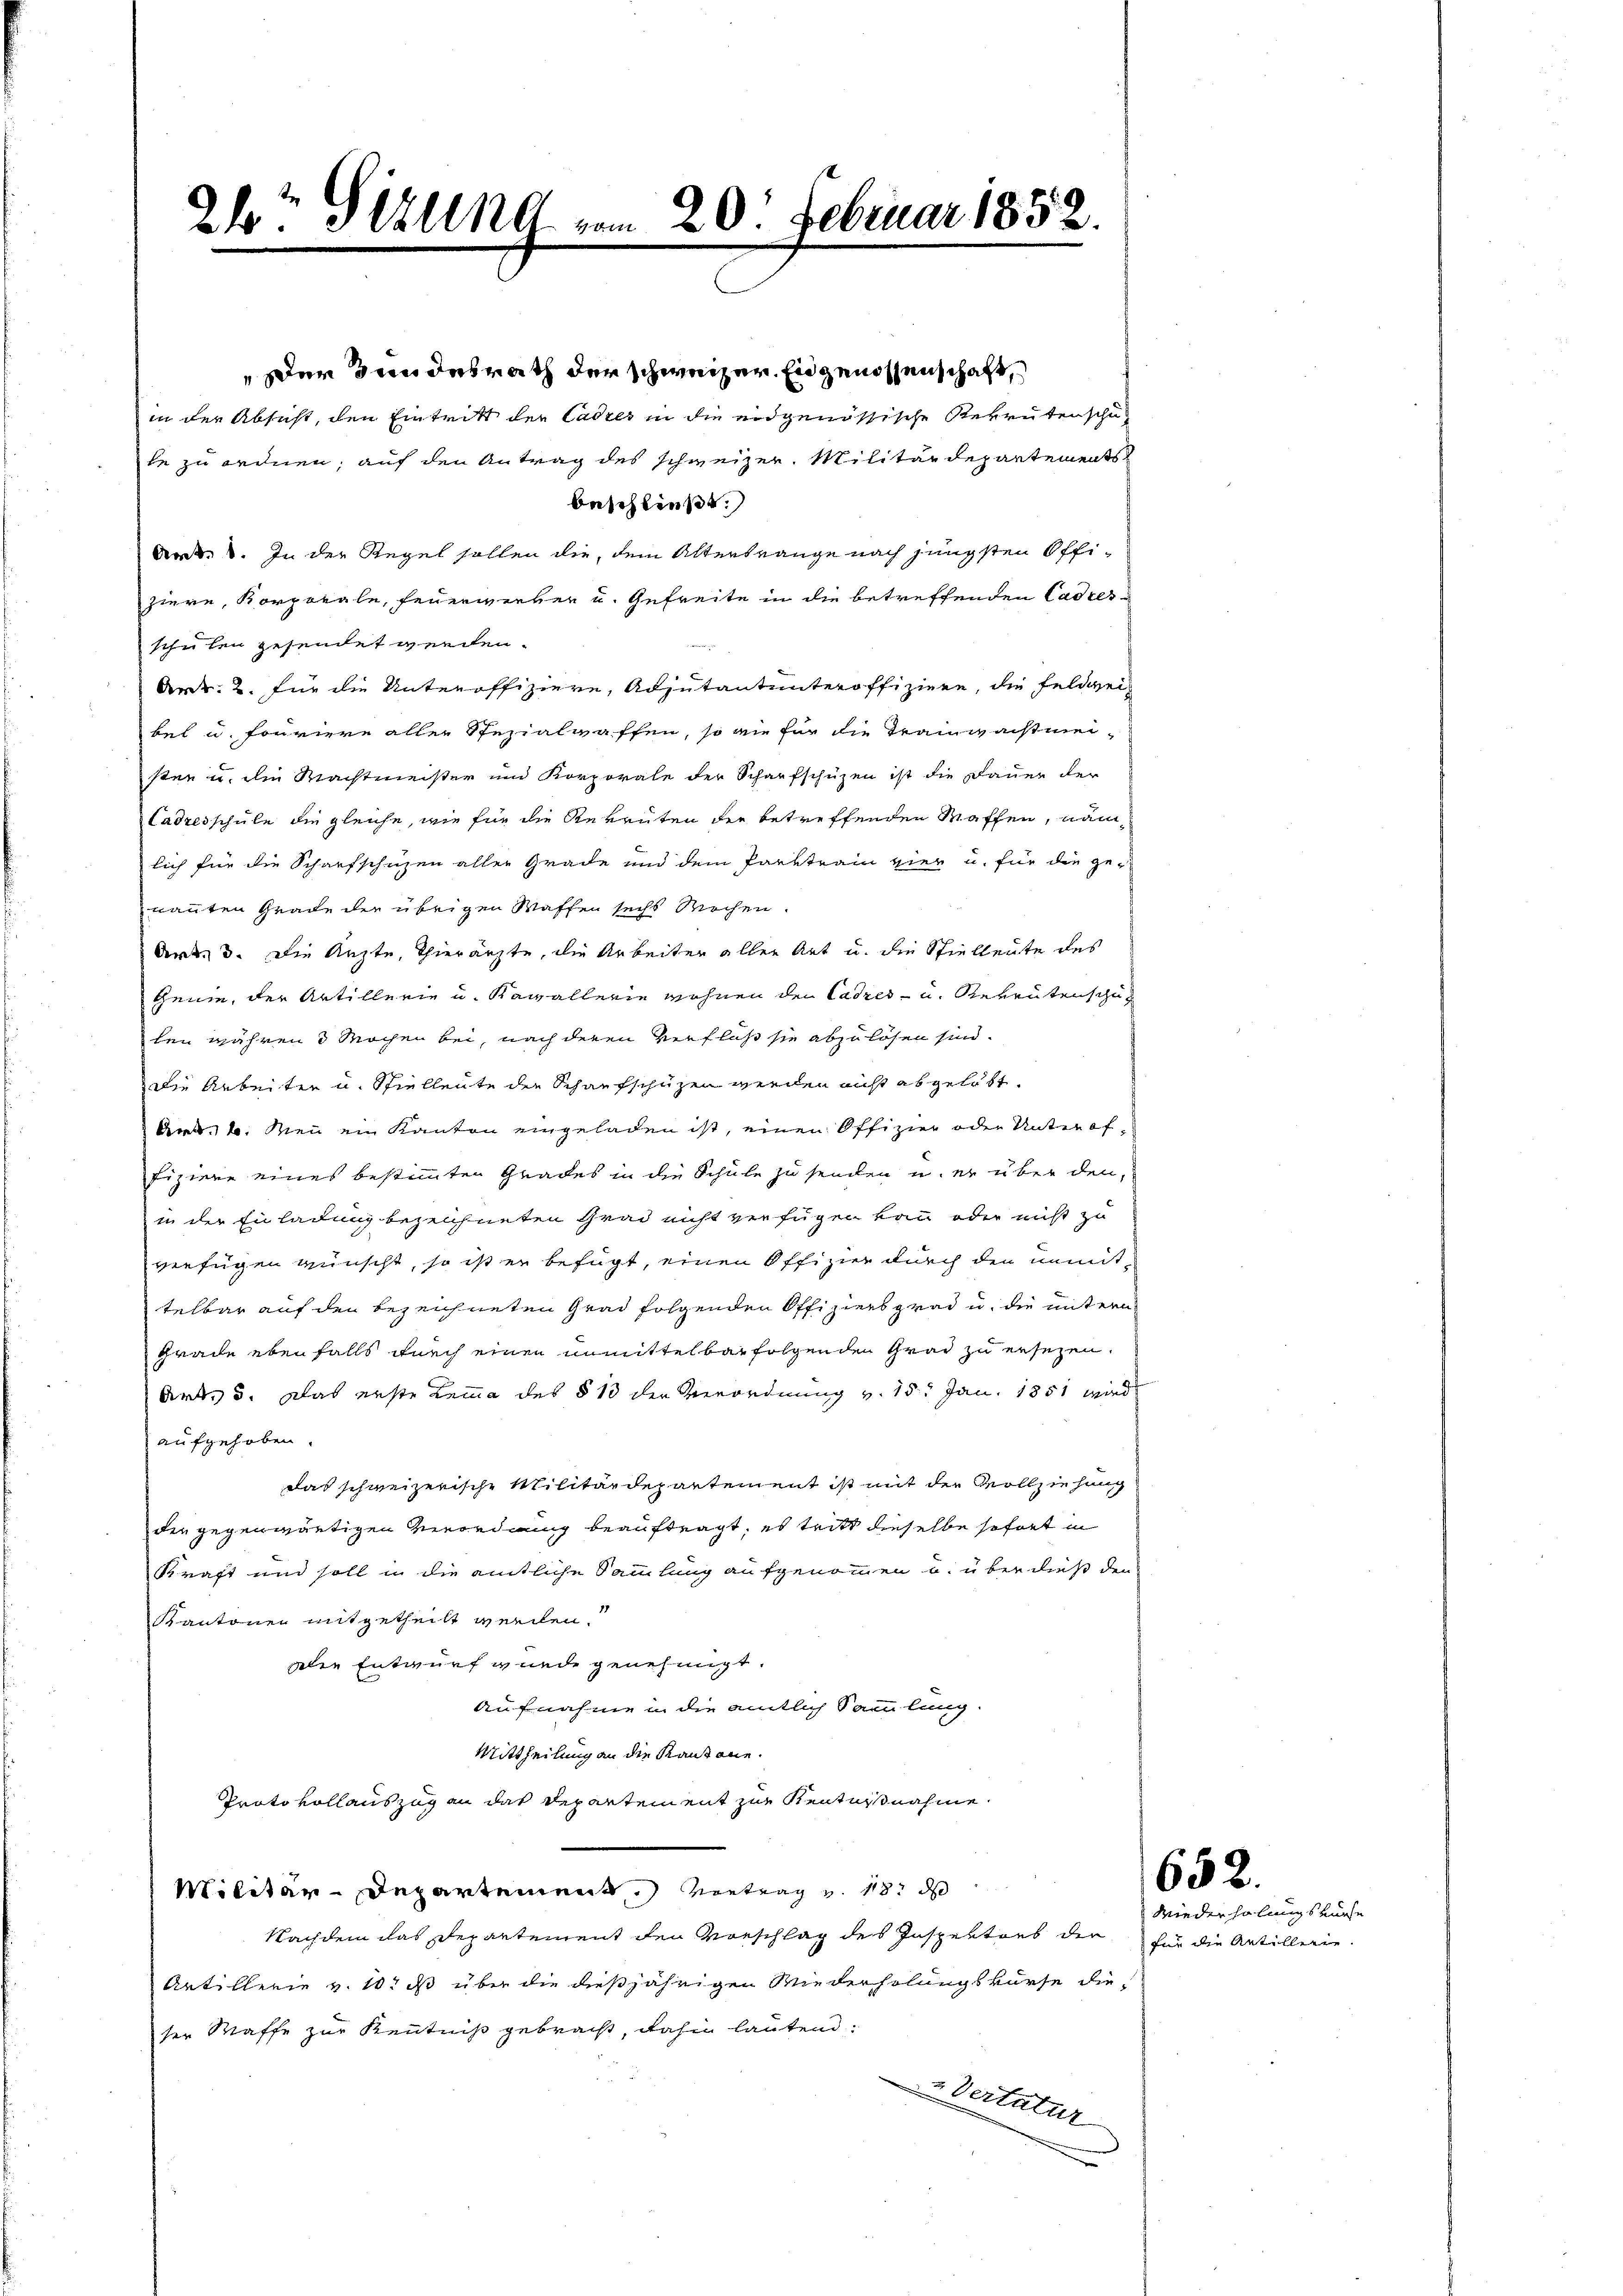
26 Sezung vom 20. Februar 1852.

Der Bundesrath der schweizer. Eingenossenschaft,
in der Absicht, den Eintritt der Cadres in die eidgenössische Rekrutenschu-
le zu ordnen, auf den Antrag des schweizer. Militärdepartements
beschließt:
Art: 1. In der Regel sollen die, dem Altertrange nach jüngsten Offiziere, Korporale, Feuerwerker u. Gefreite in die betreffenden Cadresschulen gesendet werden.
 verheit
Art: 2. für die Unteroffiziere, Adjutantunteroffiziere, die Feldwei-
bet u. fouriere aller Spezialwaffen, so wie für die Traunwachtmeisten u. die Nachtmeister und Korporale der Scharfschüzen ist die Dauer der
Cadresschule die gleiche, wie für die Reventen der betreffenden Waffen, nämlich für die Schaufschuzen aller Grade und dem Parktrain vier u. für die genannten Grade der übrigen Waffen sechs Rechen.
Art. 3. Die Ärzte, Thierärzte, die Arbeiter aller Art u. die Spielleute des
keine, der Artillerie u. Kavallerie wohnen der Cadres - u. Reventenschu
len währen 3 Wochen bei, nach deren Verfloß sie abzulösen sind.
Die Arbeiten u. Spiellente der Schaufschüzen werden nicht abgelebt.
Am 4. Mein ein Kanton eingeladen ist, einen Offizier oder Unteroffiziere eines bestimmten Gnades in die Schule zu senden u. er über den,
in der Einladung bezeichneten Grad nicht verfügen kann oder nicht zu
verfügen wünscht, so ist er befügt, einen Offizier durch den unmittelbar auf den bezeichneten Grad folgenden Offiziers grad u. die untern
Grade ebenfalls durch einen unmittelbar folgenden Grad zu ersezen.
Art. 5. Das erste Lemma des § 13 der Verordnung v. 15. Jan. 1851 wird
aufgehoben.
das schweizerische Militärdepartement ist mit der Vollziehung
der gegenwärtigen Verordnung beauftragt, es tritt dieselbe sofort in
Kraft und soll in die amtliche Sammlung aufgenommen u. über dieß den
Kantonen mitgetheilt werden.
alen Entwurf wurde genehmigt.
Aufnahme in die amtlich Sammlung
Mittheilung an die Kantone.
Proto vollauszug an das Departement zur Kentnisnahme
Militär-Departement. Vortrag v. 18. d
Nachdem das Departement den Vorschlag des Inspektors den für die Artillerie.
Artillerie v. 10. ds über die dießjährigen Wiederholungskurse dieser Waffe zur Kenntniß gebracht, dahin lautend:
n Vertatur

Wiederholungs vorhe

652.